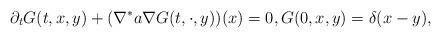
LaTeX: \begin{align*} \partial_t G(t,x,y) + (\nabla^* a \nabla G(t,\cdot,y))(x) = 0, G(0,x,y) = \delta(x-y),\end{align*}